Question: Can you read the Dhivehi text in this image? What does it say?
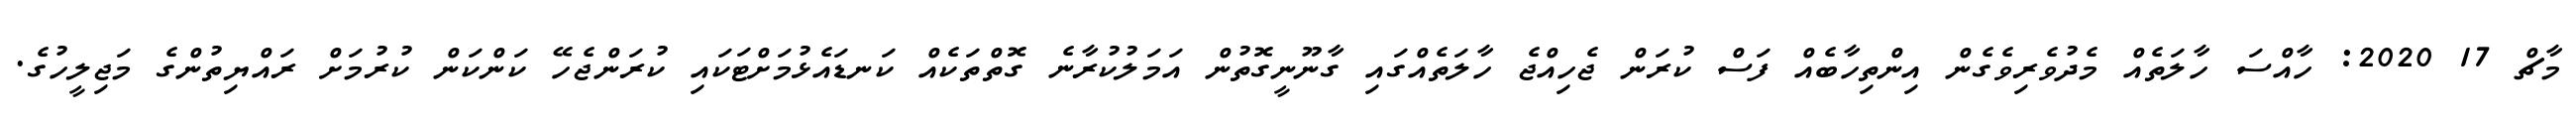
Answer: މާޗް 17 2020: ހާއްސަ ހާލަތެއް މެދުވެރިވެގެން އިންތިހާބެއް ފަސް ކުރަން ޖެހިއްޖެ ހާލަތެއްގައި ގާނޫނީގޮތުން އަމަލުކުރާނެ ގޮތްތަކެއް ކަނޑައެޅުމަށްޓަކައި ކުރަންޖެހޭ ކަންކަން ކުރުމަށް ރައްޔިތުންގެ މަޖިލީހުގެ.